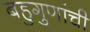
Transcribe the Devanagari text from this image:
बहुगुणांची